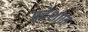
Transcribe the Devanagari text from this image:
प्रदेशाात